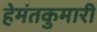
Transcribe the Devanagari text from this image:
हेमंतकुमारी